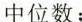
中位数；